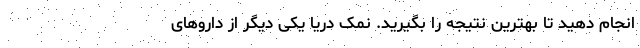
انجام دهید تا بهترین نتیجه را بگیرید. نمک دریا یکی دیگر از داروهای